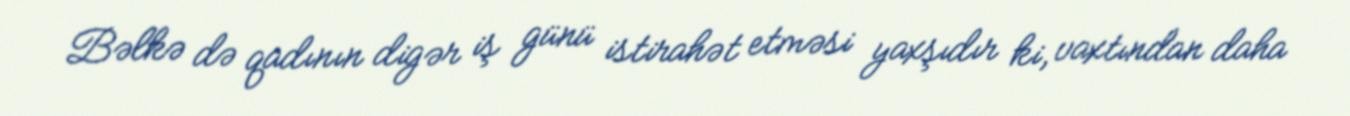
Bəlkə də qadının digər iş günü istirahət etməsi yaxşıdır ki, vaxtından daha